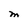
Character: M